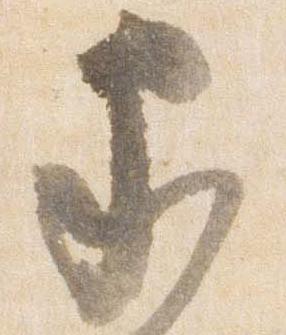
家